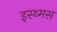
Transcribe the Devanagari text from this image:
इस्थ्मस